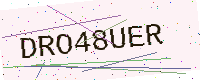
Text: DRO48UER